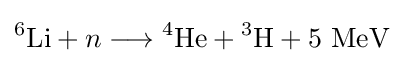
{}^{6}\mathrm {Li} +n\longrightarrow {}^{4}\mathrm {He} +{}^{3}\mathrm {H} +5\ \mathrm {MeV}